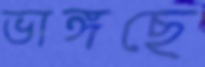
ভাঙ্গছে